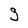
Character: g